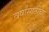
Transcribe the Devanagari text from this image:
वर्षांसाठीचा